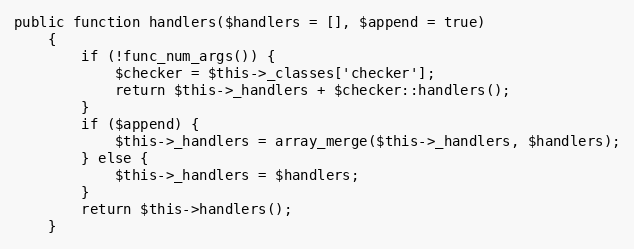
Language: PHP
public function handlers($handlers = [], $append = true)
    {
        if (!func_num_args()) {
            $checker = $this->_classes['checker'];
            return $this->_handlers + $checker::handlers();
        }
        if ($append) {
            $this->_handlers = array_merge($this->_handlers, $handlers);
        } else {
            $this->_handlers = $handlers;
        }
        return $this->handlers();
    }